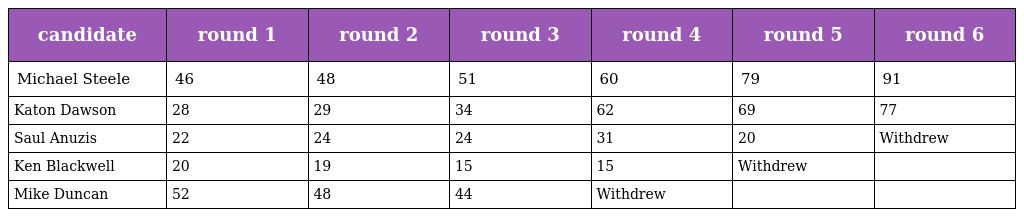
| candidate | round 1 | round 2 | round 3 | round 4 | round 5 | round 6 |
 | --- | --- | --- | --- | --- | --- | --- |
 | Michael Steele | 46 | 48 | 51 | 60 | 79 | 91 |
 | Katon Dawson | 28 | 29 | 34 | 62 | 69 | 77 |
 | Saul Anuzis | 22 | 24 | 24 | 31 | 20 | Withdrew |
 | Ken Blackwell | 20 | 19 | 15 | 15 | Withdrew |  |
 | Mike Duncan | 52 | 48 | 44 | Withdrew |  |  |